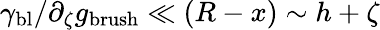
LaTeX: \gamma_{\mathrm{bl}}/\partial_{\zeta}g_{\mathrm{brush}}\ll(R-x)\sim h+\zeta